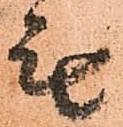
無